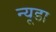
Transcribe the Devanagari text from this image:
न्यूडा